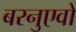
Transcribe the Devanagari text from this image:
बरनुएवो